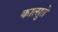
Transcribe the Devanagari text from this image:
कात्सुते